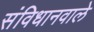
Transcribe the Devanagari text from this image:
संविधानवाले